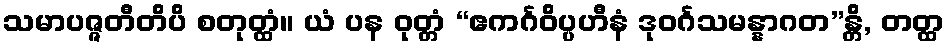
သမာပဇ္ဇတီတိပိ စတုတ္ထံ။ ယံ ပန ဝုတ္တံ “ဧကင်္ဂဝိပ္ပဟီနံ ဒုဝင်္ဂသမန္နာဂတ”န္တိ, တတ္ထ